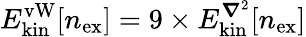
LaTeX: {E_{\mathrm{kin}}^{\mathrm{vW}}[n_{\mathrm{ex}}]=9\times E_{\mathrm{kin}}^{\boldsymbol{\nabla}^{2}}[n_{\mathrm{ex}}]}